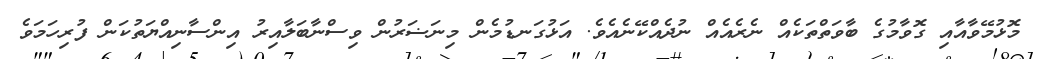
މޮޅުމޭވާއާއި ގޮވާމުގެ ބާވަތްތަކެއް ނެރެއެއް ނުދެއްކޭނެއެވެ. އަޅުގަނޑުމެން މިނަޟަރުން ވިސްނާބަލާއިރު އިންސާނިއްޔަތުކަން ފުރިހަމަވެ